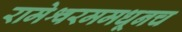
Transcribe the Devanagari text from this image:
रामेश्वरममधूनच